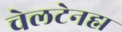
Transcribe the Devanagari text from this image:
चेलटेनह्म